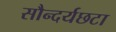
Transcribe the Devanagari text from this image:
सौन्दर्यछटा